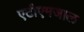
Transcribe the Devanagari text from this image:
एटीएमजाल